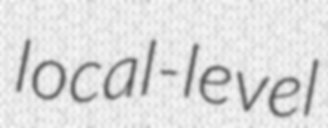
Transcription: local-level